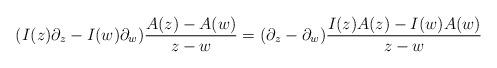
LaTeX: \begin{align*}(I(z) \partial_z-I(w) \partial_w)\frac{A(z)-A(w)}{z-w} = (\partial_z-\partial_w)\frac{I(z)A(z)-I(w)A(w)}{z-w}\end{align*}